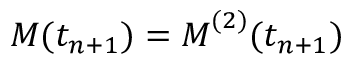
\boldsymbol { M } ( t _ { n + 1 } ) = \boldsymbol { M } ^ { ( 2 ) } ( t _ { n + 1 } )